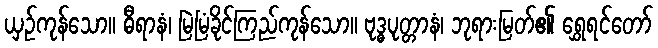
ယှဉ်ကုန်သော။ ဓီရာနံ၊ မြဲမြံခိုင်ကြည်ကုန်သော။ ဗုဒ္ဓပုတ္တာနံ၊ ဘုရားမြတ်၏ ရွှေရင်တော်